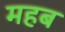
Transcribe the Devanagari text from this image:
महब